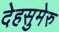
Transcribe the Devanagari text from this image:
देहसुमेरु